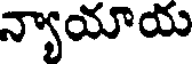
న్యాయాయ